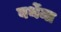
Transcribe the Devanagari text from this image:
वर्थेमा